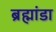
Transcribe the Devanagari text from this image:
ब्रह्मांडा